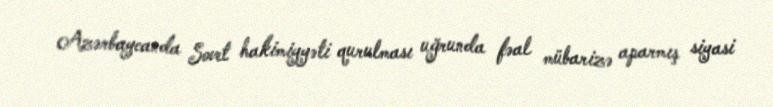
Azərbaycanda Sovet hakimiyyəti qurulması uğrunda fəal mübarizə aparmış siyasi